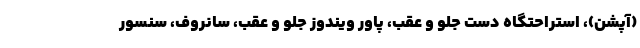
(آپشن)، استراحتگاه دست جلو و عقب، پاور ویندوز جلو و عقب، سانروف، سنسور